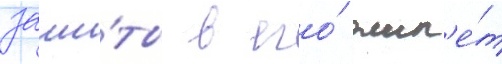
заши́ты в его́ жил'е́т